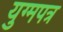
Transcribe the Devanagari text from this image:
युग्मपत्र